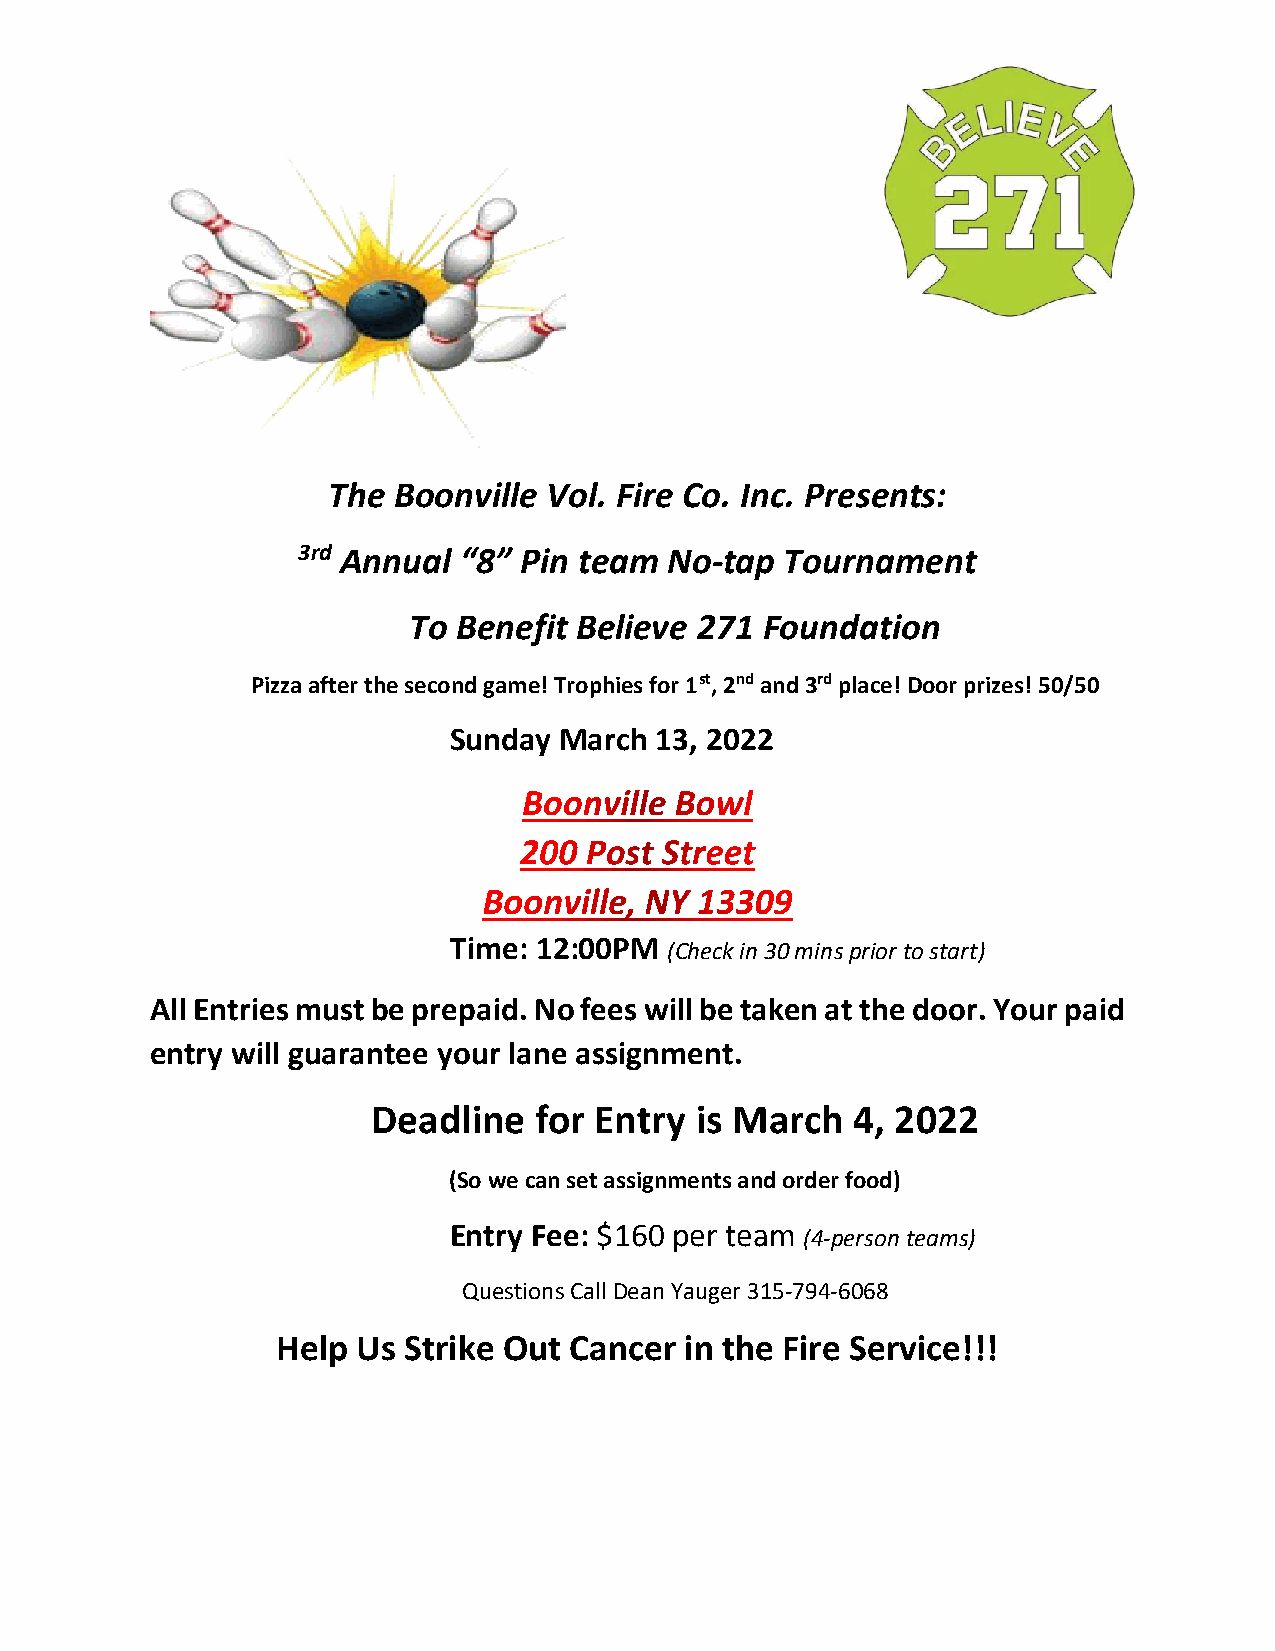
The Boonville Vol. Fire Co. Inc. Presents:
 3rd Annual “8” Pin team No-tap  Tournament
 To Benefit Believe 271  Foundation
 Pizza after the second game! Trophies for 1st, 2nd and 3rd place! Door prizes! 50/50
 Sunday March 13, 2022
 Time: 12:00PM (Check in 30 mins prior to start)
 All Entries must be prepaid. No fees will be taken at the door. Your paid
 entry will guarantee your lane assignment.
 Deadline  for Entry  is March  4, 2022
 (So we can set assignments and order food)
 Entry Fee: $160 per team (4-person teams)
 Questions Call Dean Yauger 315-794-6068
 Help  Us Strike Out Cancer in the Fire Service!!!